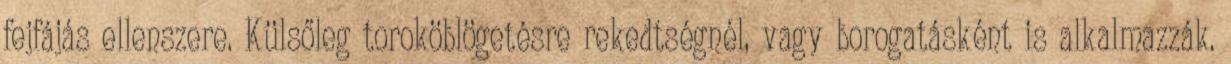
fejfájás ellenszere. Külsőleg toroköblögetésre rekedtségnél, vagy borogatásként is alkalmazzák.